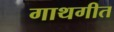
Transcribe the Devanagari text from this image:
गाथगीत